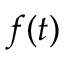
f ( t )